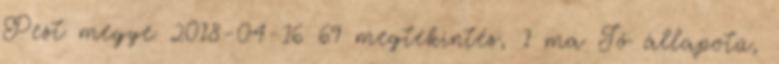
Pest megye 2018-04-16 69 megtekintés, 1 ma Jó állapotú,